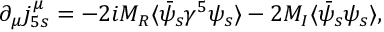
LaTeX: \partial _ { \mu } j _ { 5 s } ^ { \mu } = - 2 i M _ { R } \langle \bar { \psi } _ { s } \gamma ^ { 5 } \psi _ { s } \rangle - 2 M _ { I } \langle \bar { \psi } _ { s } \psi _ { s } \rangle ,